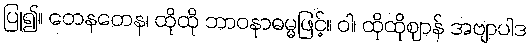
ပြု၍။ တေနတေန၊ ထိုထို ဘာဝနာဓမ္မဖြင့်။ ဝါ၊ ထိုထိုဈာန် အဗျာပါဒ